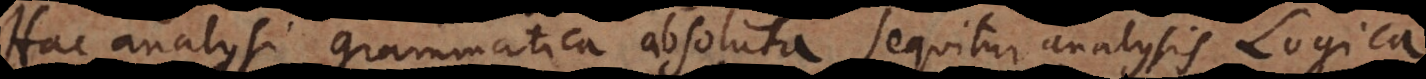
Hac analysi grammatica absoluta sequitur analysis Logica,